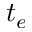
t _ { e }